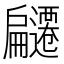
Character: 𭠌